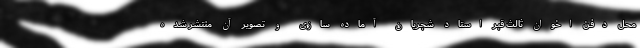
محل دفن اخوان ثالث قبر استاد شجریان آماده سازی و تصویر آن منتشر شده